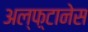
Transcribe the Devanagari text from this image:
अल्फ़्टानेस